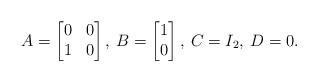
LaTeX: \begin{align*} A=\begin{bmatrix}0&0\\1&0 \end{bmatrix},\> B=\begin{bmatrix}1\\0\end{bmatrix},\> C=I_2,\>D=0.\end{align*}